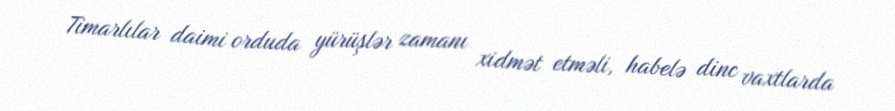
Timarlılar daimi orduda yürüşlər zamanı xidmət etməli, habelə dinc vaxtlarda